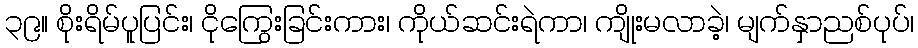
၃၉။ စိုးရိမ်ပူပြင်း၊ ငိုကြွေးခြင်းကား၊ ကိုယ်ဆင်းရဲကာ၊ ကျိုးမလာခဲ့၊ မျက်နှာညစ်ပုပ်၊